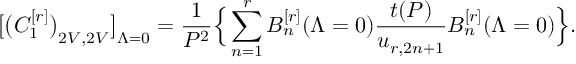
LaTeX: \big [ \big ( C _ { 1 } ^ { [ r ] } \big ) _ { 2 V , 2 V } \big ] _ { \Lambda = 0 } = \frac { 1 } { P ^ { 2 } } \Big \{ \sum _ { n = 1 } ^ { r } B _ { n } ^ { [ r ] } ( \Lambda = 0 ) \frac { t ( P ) } { u _ { r , 2 n + 1 } } B _ { n } ^ { [ r ] } ( \Lambda = 0 ) \Big \} .